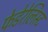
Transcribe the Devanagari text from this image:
फेडेरेलिस्ट